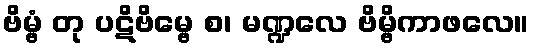
ဗိမ္ဗံ တု ပဋိဗိမ္ဗေ စ၊ မဏ္ဍလေ ဗိမ္ဗိကာဖလေ။